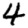
Digit: 4